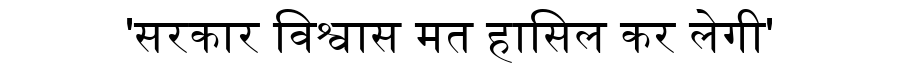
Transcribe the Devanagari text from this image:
'सरकार विश्वास मत हासिल कर लेगी'